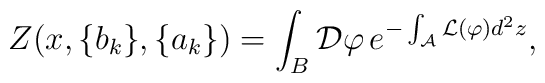
Z(x,\{b_k\},\{a_k\}) = \int_{B} {\mathcal D}\varphi\, e^{-\int_{\mathcal A}  {\mathcal L}(\varphi) d^2 z},